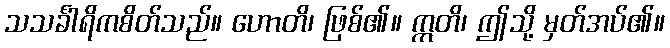
သသင်္ခါရိကစိတ်သည်။ ဟောတိ၊ ဖြစ်၏။ ဣတိ၊ ဤသို့ မှတ်အပ်၏။